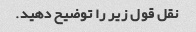
نقل قول زیر را توضیح دهید.